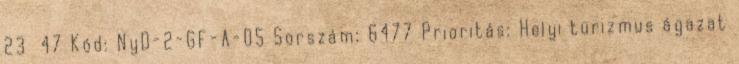
23 47 Kód: NyD-2-GF-A-05 Sorszám: 6477 Prioritás: Helyi turizmus ágazat